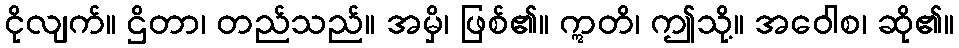
ငိုလျက်။ ဌိတာ၊ တည်သည်။ အမှိ၊ ဖြစ်၏။ ဣတိ၊ ဤသို့။ အဝေါစ၊ ဆို၏။